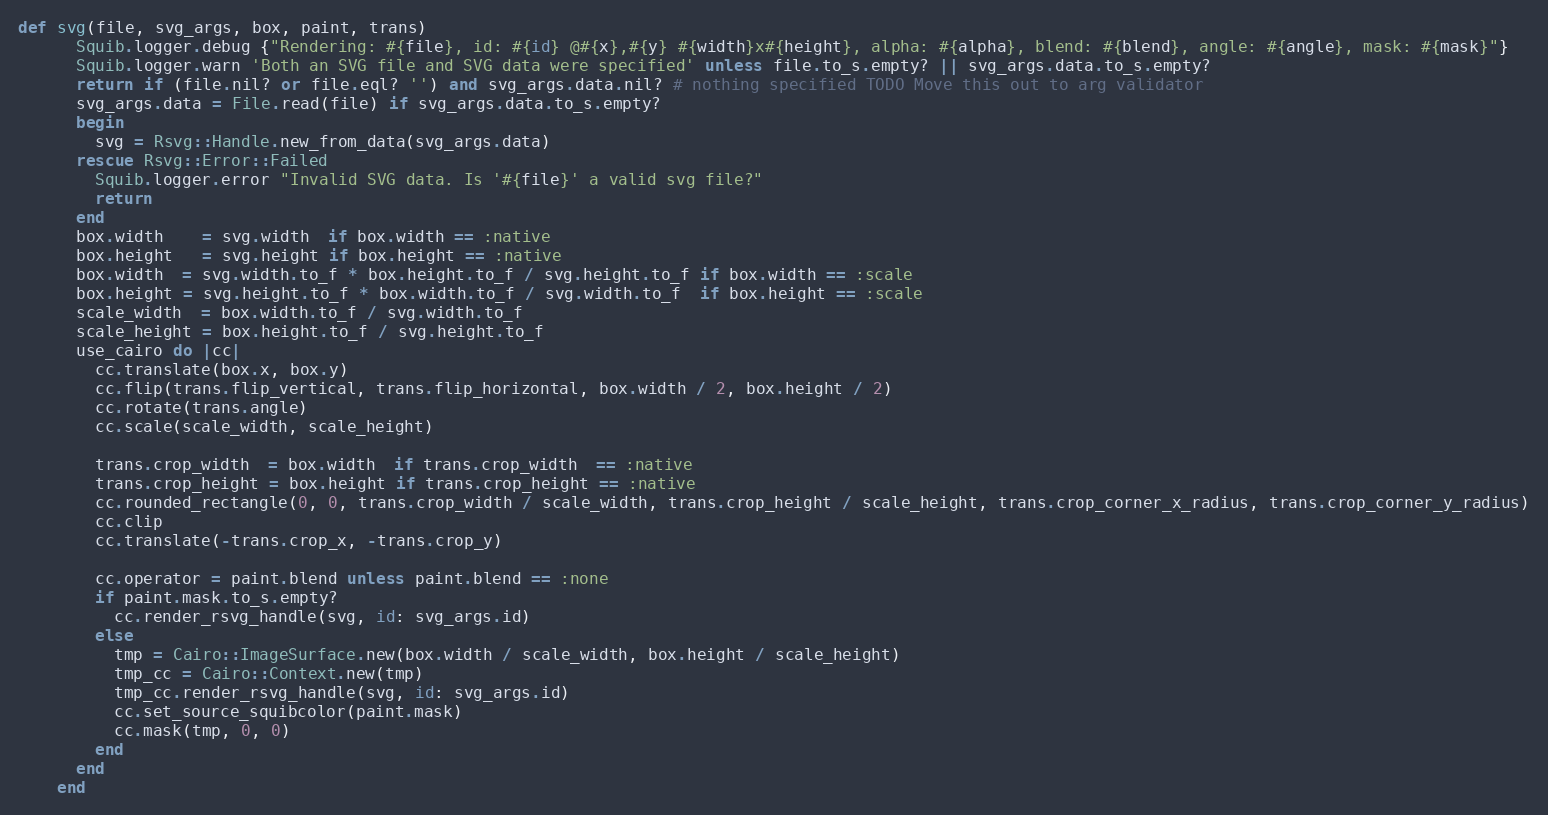
Language: Ruby
def svg(file, svg_args, box, paint, trans)
      Squib.logger.debug {"Rendering: #{file}, id: #{id} @#{x},#{y} #{width}x#{height}, alpha: #{alpha}, blend: #{blend}, angle: #{angle}, mask: #{mask}"}
      Squib.logger.warn 'Both an SVG file and SVG data were specified' unless file.to_s.empty? || svg_args.data.to_s.empty?
      return if (file.nil? or file.eql? '') and svg_args.data.nil? # nothing specified TODO Move this out to arg validator
      svg_args.data = File.read(file) if svg_args.data.to_s.empty?
      begin
        svg = Rsvg::Handle.new_from_data(svg_args.data)
      rescue Rsvg::Error::Failed
        Squib.logger.error "Invalid SVG data. Is '#{file}' a valid svg file?"
        return
      end
      box.width    = svg.width  if box.width == :native
      box.height   = svg.height if box.height == :native
      box.width  = svg.width.to_f * box.height.to_f / svg.height.to_f if box.width == :scale
      box.height = svg.height.to_f * box.width.to_f / svg.width.to_f  if box.height == :scale
      scale_width  = box.width.to_f / svg.width.to_f
      scale_height = box.height.to_f / svg.height.to_f
      use_cairo do |cc|
        cc.translate(box.x, box.y)
        cc.flip(trans.flip_vertical, trans.flip_horizontal, box.width / 2, box.height / 2)
        cc.rotate(trans.angle)
        cc.scale(scale_width, scale_height)

        trans.crop_width  = box.width  if trans.crop_width  == :native
        trans.crop_height = box.height if trans.crop_height == :native
        cc.rounded_rectangle(0, 0, trans.crop_width / scale_width, trans.crop_height / scale_height, trans.crop_corner_x_radius, trans.crop_corner_y_radius)
        cc.clip
        cc.translate(-trans.crop_x, -trans.crop_y)

        cc.operator = paint.blend unless paint.blend == :none
        if paint.mask.to_s.empty?
          cc.render_rsvg_handle(svg, id: svg_args.id)
        else
          tmp = Cairo::ImageSurface.new(box.width / scale_width, box.height / scale_height)
          tmp_cc = Cairo::Context.new(tmp)
          tmp_cc.render_rsvg_handle(svg, id: svg_args.id)
          cc.set_source_squibcolor(paint.mask)
          cc.mask(tmp, 0, 0)
        end
      end
    end